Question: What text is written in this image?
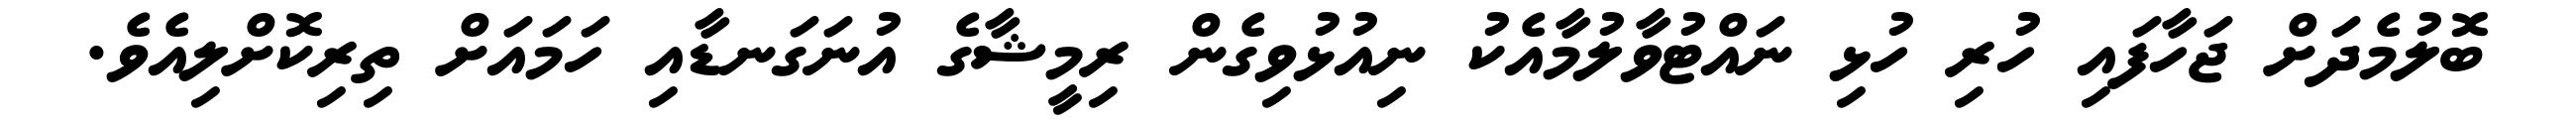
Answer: ބޮލުމެދަށް ޖަހާފައި ހުރި ހުޅި ނައްޓުވާލުމާއެކު ނިއުޅުވިގެން ރިމީޝާގެ އުނަގަނޑާއި ހަމައަށް ތިރިކޮށްލިއެވެ.